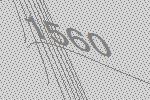
1560